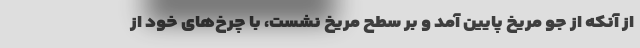
از آنکه از جو مریخ پایین آمد و بر سطح مریخ نشست، با چرخ‌های خود از